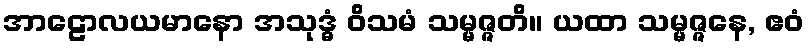
အာဠောလယမာနော အသုဒ္ဓံ ဝိသမံ သမ္မဇ္ဇတိ။ ယထာ သမ္မဇ္ဇနေ, ဧဝံ